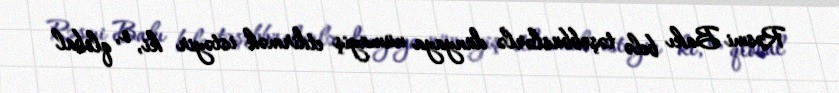
Rəsmi Bakı belə təşəbbüslərlə dünyaya nümayiş etdirmək istəyir ki, o, qlobal